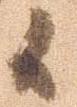
候